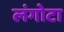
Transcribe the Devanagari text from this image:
लंगोटा